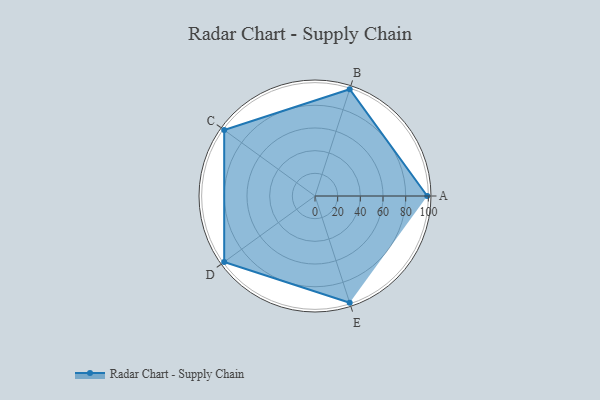
{"axis": {"x": "Skill", "y": "Score"}, "legend": ["Profile"], "data": [{"x": "A", "y": 99, "type": "Profile"}, {"x": "B", "y": 99, "type": "Profile"}, {"x": "C", "y": 99, "type": "Profile"}, {"x": "D", "y": 99, "type": "Profile"}, {"x": "E", "y": 99, "type": "Profile"}]}